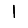
Digit: 1